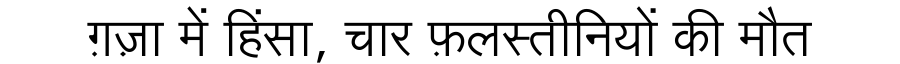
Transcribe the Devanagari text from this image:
ग़ज़ा में हिंसा, चार फ़लस्तीनियों की मौत